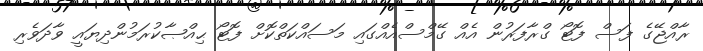
ރާއްޖޭގެ ފަސް ފޮޓޯ ގްރާފަރުން އެއް ގޭމްސްއެއްގައި މަސައްކަތްކޮށް ފޮޓޯ ޙިއްޞާކުރަމުންދިޔައީ ވާދަވެރި